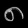
Digit: ၈